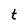
Character: t